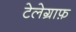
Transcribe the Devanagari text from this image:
टेलेग्राफ़